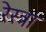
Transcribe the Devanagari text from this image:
रेस्त्रा